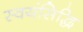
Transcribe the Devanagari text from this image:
स्वयंसिद्धि